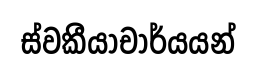
ස්වකීයාචාර්යයන්